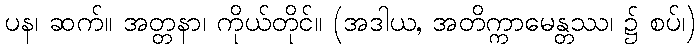
ပန၊ ဆက်။ အတ္တနာ၊ ကိုယ်တိုင်။ (အဒါယ, အတိက္ကာမေန္တဿ၊ ၌ စပ်၊)